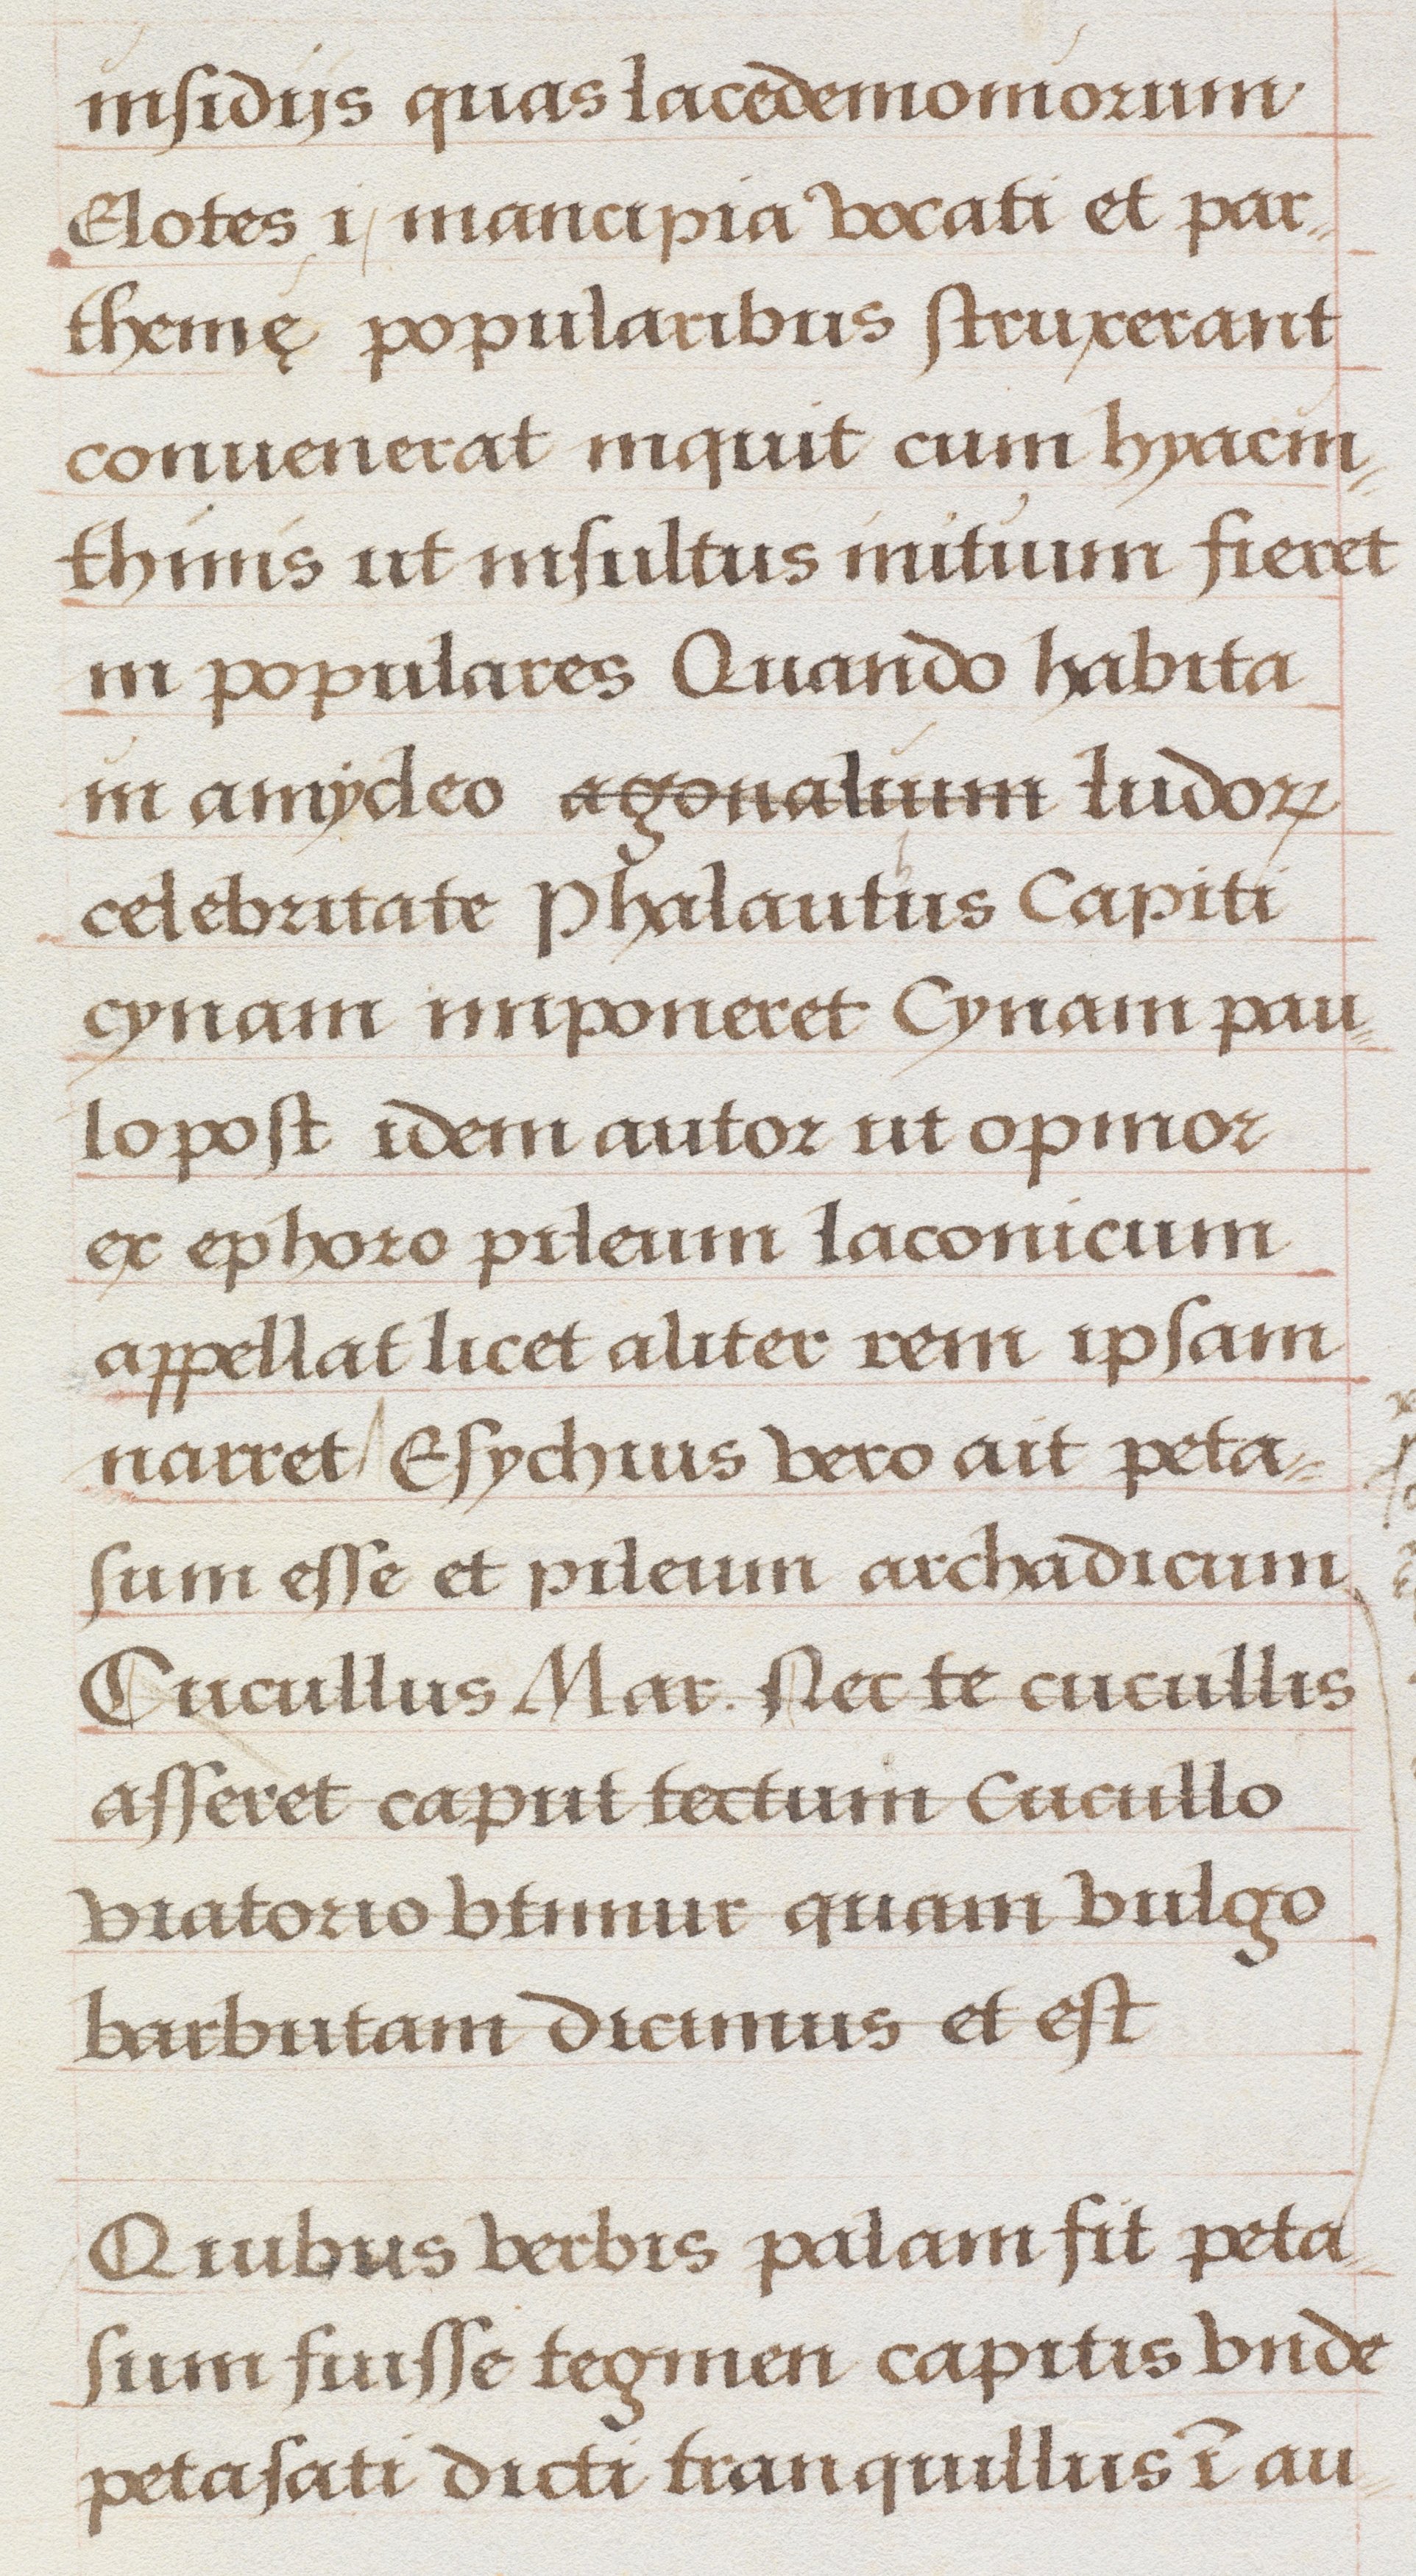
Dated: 1500–1549